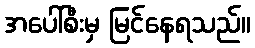
အပေါ်စီးမှ မြင်နေရသည်။